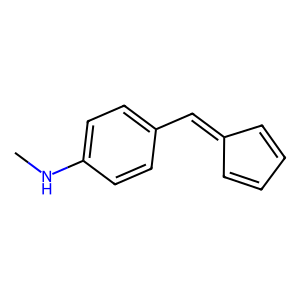
SMILES: CNc1ccc(C=C2C=CC=C2)cc1
Inhibits HIV replication: No